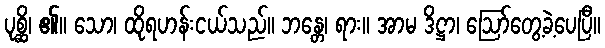
ပုစ္ဆိ၊ ၏။ သော၊ ထိုရဟန်းငယ်သည်။ ဘန္တေ၊ ရား။ အာမ ဒိဋ္ဌာ၊ ဩော်တွေ့ခဲ့ပေပြီ။